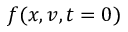
f ( x , v , t = 0 )